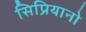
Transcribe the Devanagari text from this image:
सिप्रियानो